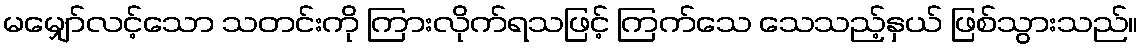
မမျှော်လင့်သော သတင်းကို ကြားလိုက်ရသဖြင့် ကြက်သေ သေသည့်နှယ် ဖြစ်သွားသည်။